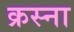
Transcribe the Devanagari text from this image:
क्रस्ना